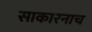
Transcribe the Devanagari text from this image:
साकारनाच